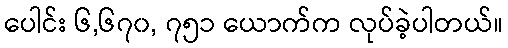
ပေါင်း ၆,၆၇၀, ၇၅၁ ယောက်က လုပ်ခဲ့ပါတယ်။